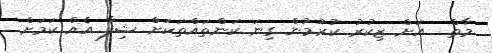
މާތް  އަށް ޒިކުރު ކުރުމުން ގިނަ ކަންތައްތަކަށް ޝިފާ އެއް ކަމަށް